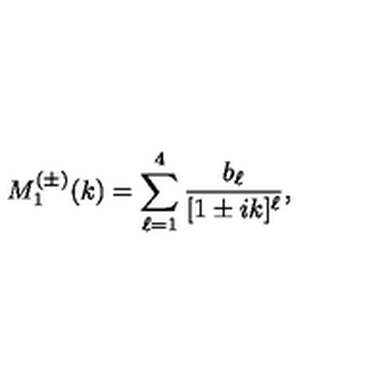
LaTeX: M _ { 1 } ^ { ( \pm ) } ( k ) = \sum _ { \ell = 1 } ^ { 4 } \frac { b _ { \ell } } { [ 1 \pm i k ] ^ { \ell } } ,